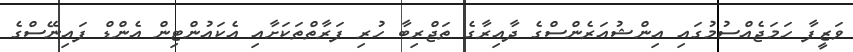
ވަޒީފާ ހަމަޖެއްސުމުގައި އިންޝުއަރެންސްގެ ދާއިރާގެ ތަޖްރިބާ ހުރި ފަރާތްތަކަށާއި އެކައުންޓިން އެންޑް ފައިނޭސްގެ